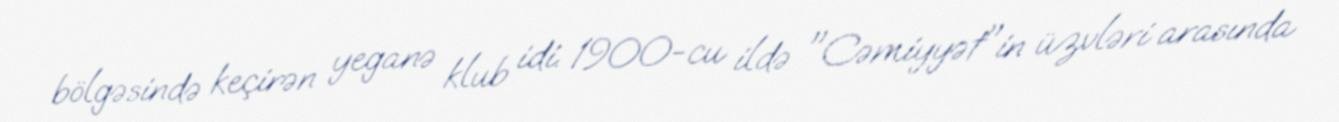
bölgəsində keçirən yeganə klub idi. 1900-cu ildə "Cəmiyyət"in üzvləri arasında